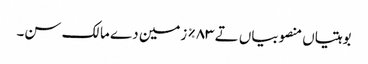
بوہتیاں منصوبیاں تے ٨٣% زمین دے مالک سن۔